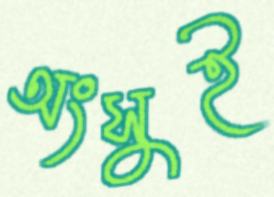
অংসুই